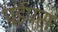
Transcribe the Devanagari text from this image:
पईप्स